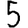
Digit: 5